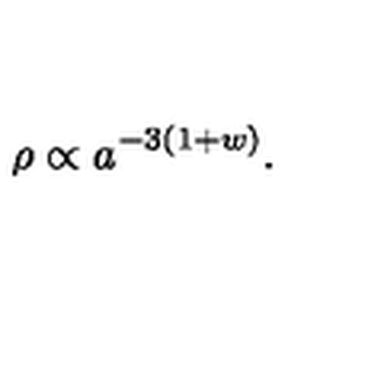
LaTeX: \rho \propto a ^ { - 3 ( 1 + w ) } .